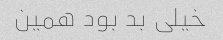
خیلی بد بود همین